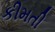
કીમતી